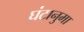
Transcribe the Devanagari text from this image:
घंटानुमा